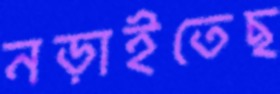
নড়াইতেছ